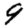
Digit: 9